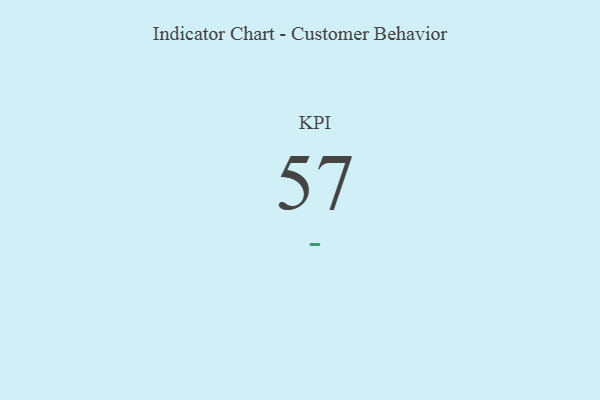
{"axis": {"x": "KPI", "y": "Value"}, "legend": [""], "data": [{"x": "KPI", "y": 57, "type": ""}]}